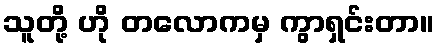
သူတို့ ဟို တလောကမှ ကွာရှင်းတာ။